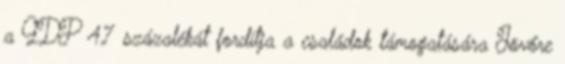
a GDP 4,7 százalékát fordítja a családok támogatására Jövőre